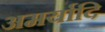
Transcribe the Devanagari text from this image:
अमर्यादि